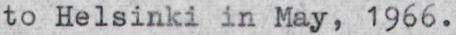
to Helsinki in May, 1966.